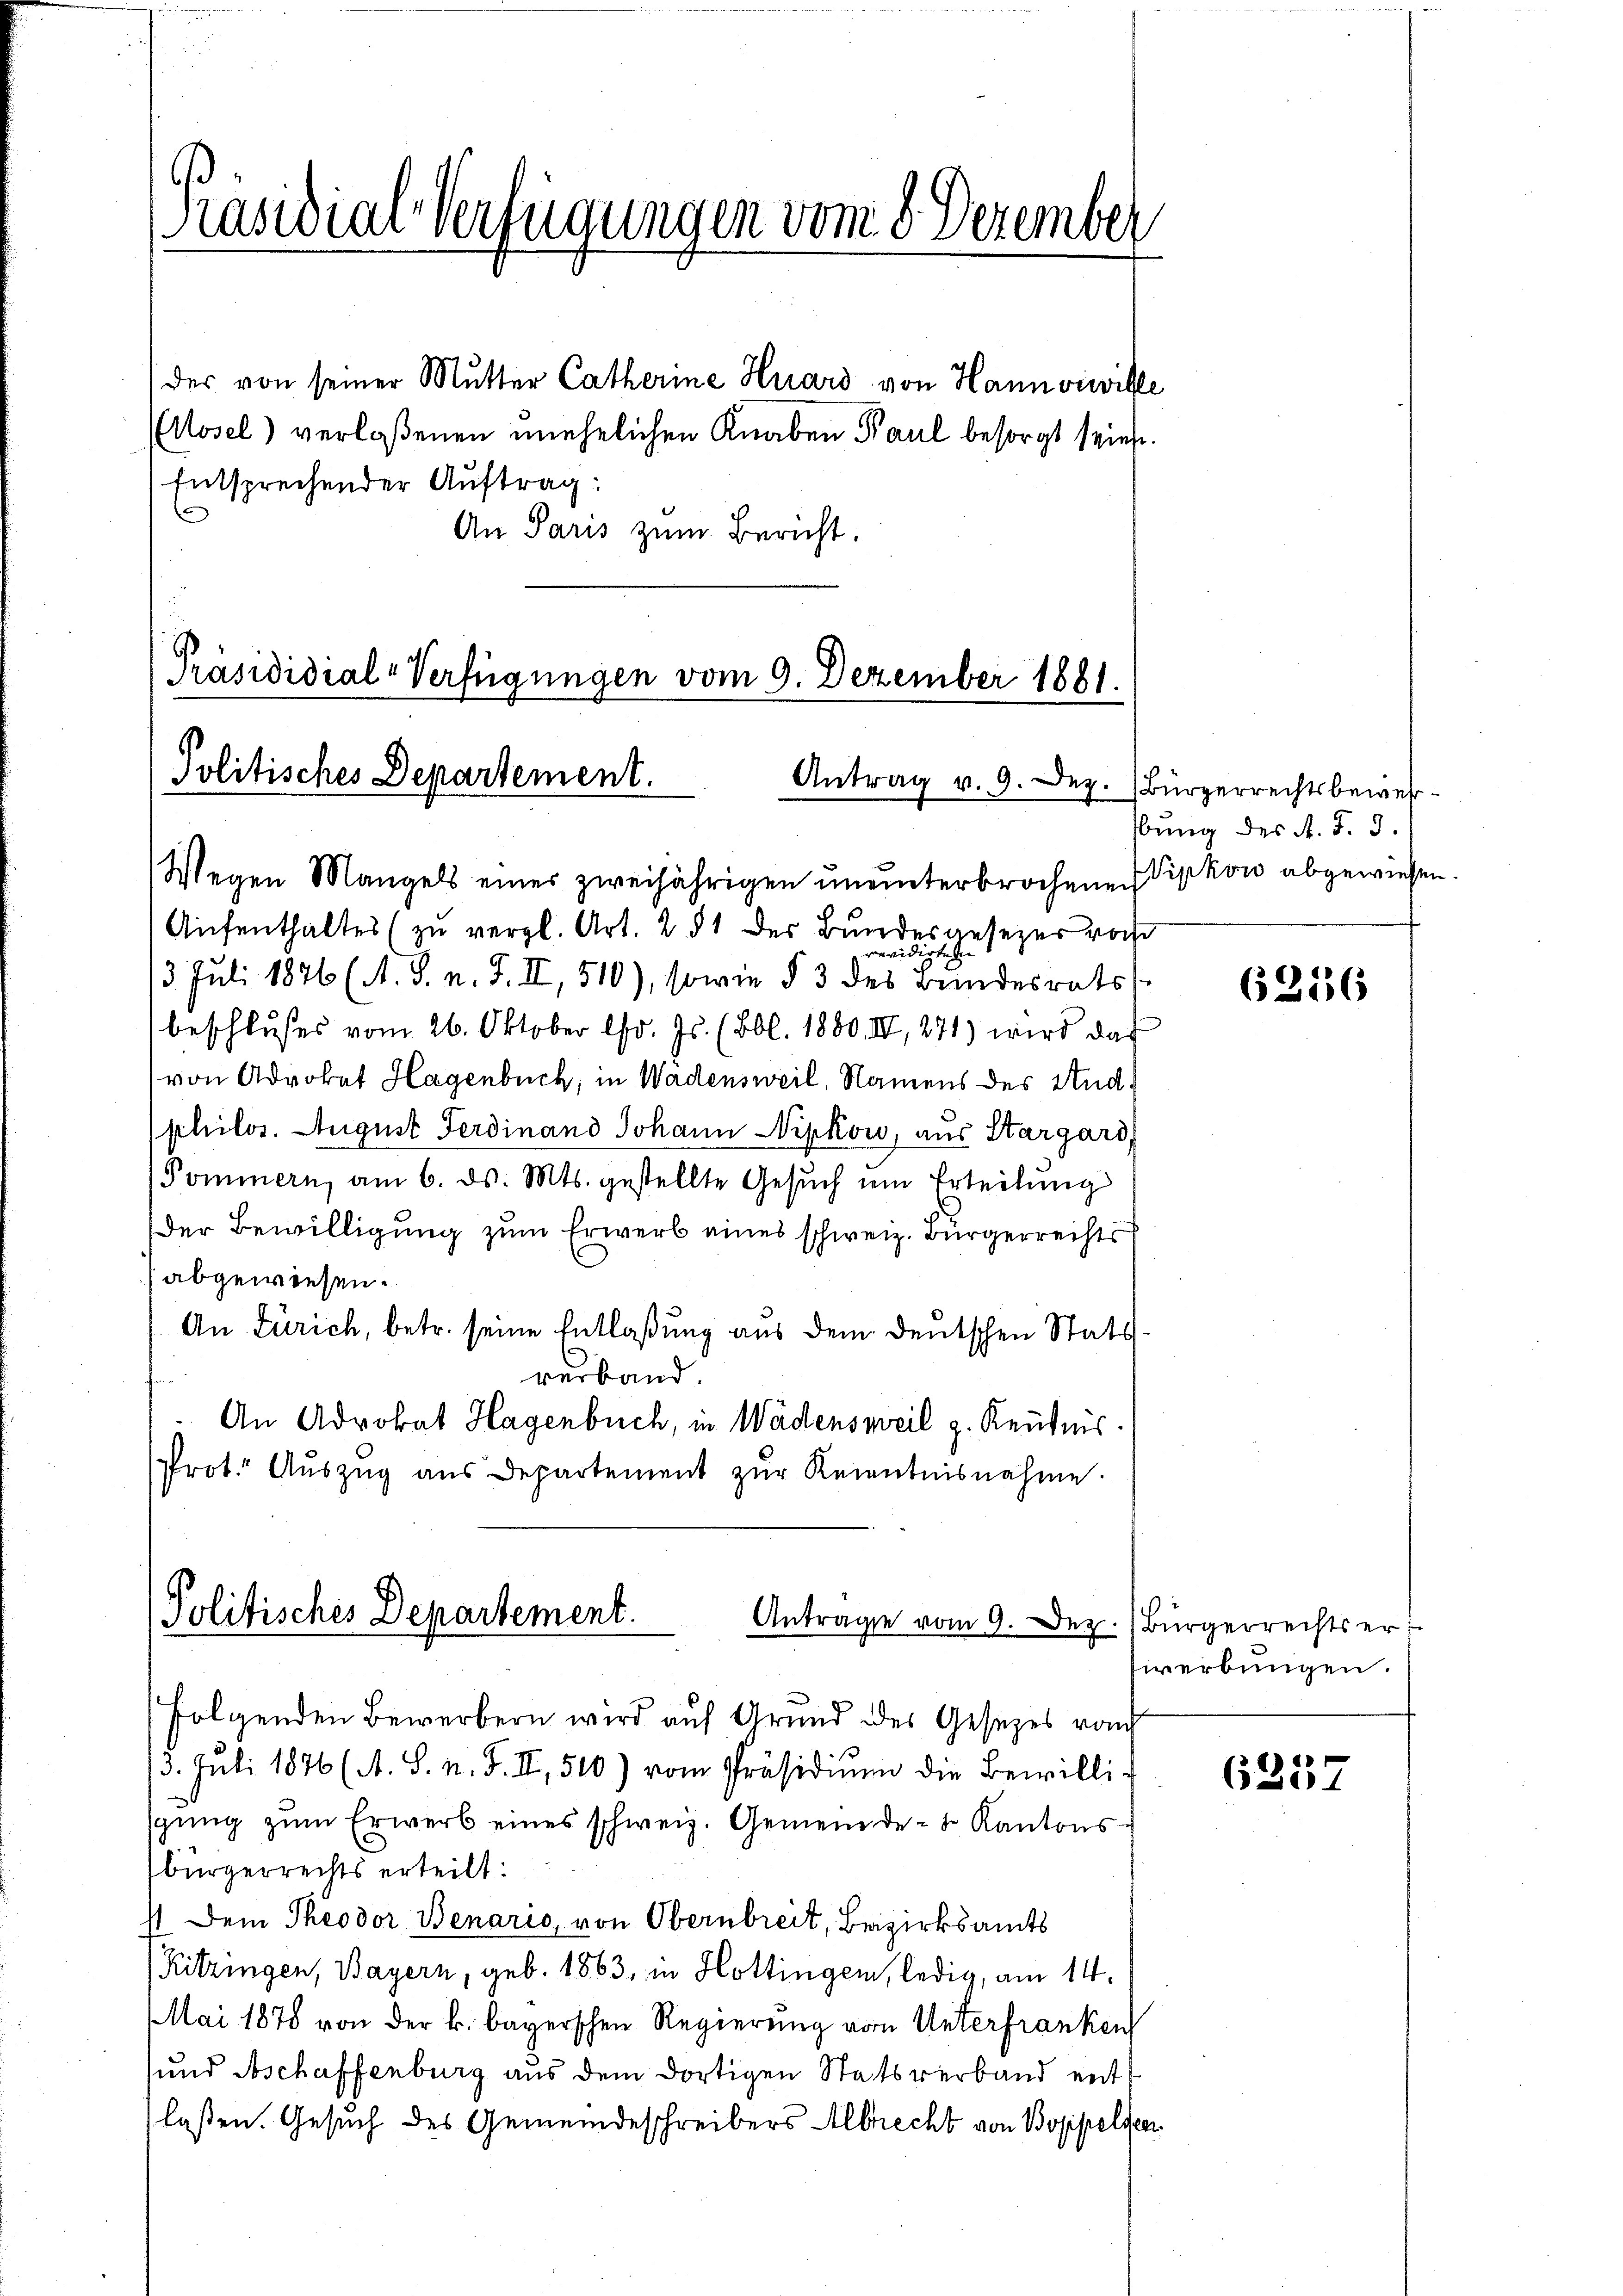
Präsidial-Verfügungen vom 8. Dezember

der von seiner Mutter Catherine Huard von Hannviwille
(Aosel) verlaßenen unehelichen Knaben Paul besorgt sein.
Entsprechender Auftrag:
An Paris zum Bericht:

Politisches Departement.
Antrag v. 9. Dez. (Bürgerrechtsbewies

Wegen Mangels einer zweijährigen uneinterbrochenen Pipkow abgewiesen
Aŭfenthaltes (zŭ vergl. Art. 251 der Bŭndesgesezer vorh
13. Juli 1876 (A. S. n. F. II, 510), sowie § 3 des Bundesrats
beschlußes vom 26. Oktober l. Js. (Bbl. 1880. II, 271) wird das
von Advokat Hagenbuch, in Wadensweil, Namens des Andphilos. August Ferdinand Johann Nipkow, aus Stargard,
Pommern, am 6. ds. Mts. gestellte Gesuch im Erteilung
Der Bewilligung zum Erwerb eines schweiz. Bürgerrechts
abgewiesen.
An Zürich, betr. seine Entlaßung aus dem deutschen Stats
verband
An Advokat Hagenbuch, in Wädensweil g. Reutnis.
Prot. Aŭszŭg aŭs Departement zŭr Kenntnisnahme.

Präsididial-Verfügungen vom 9. Dezember 1881.

Politisches Departement.
Antrage vom 9. Dez. Bürgerrechts er

folgenden Bewerbern wird auf Grund des Gesetzes von
13. Juli 1876 (A. S. n. F. II, 510) vom Präsidiŭm die Bewillig
sgung zum Erwerb eines schweiz. Gemeinde- & Kantonsbürgerrechts erteilt:
st. Dem Theodor Benaris, von Obernbreit, Bezirksamts
(Kitzingen, Bayern, geb. 1863, in Hottingen, ledig, am 14.
Mai 1878 von der k. bayerschen Regierung von Unterfranken
und Beschaffenburg aus dem dortigen Statsverband ent
laßen. Gesuch des Gemeindeschreibers Albrecht von Boppelsen

bung des A. S. 3.

6256

werbungen.

6257